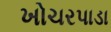
ખોચરપાડા